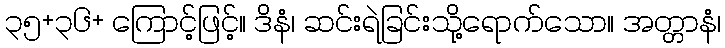
၃၅+၃၆+ ကြောင့်ဖြင့်။ ဒိနံ၊ ဆင်းရဲခြင်းသို့ရောက်သော။ အတ္တာနံ၊